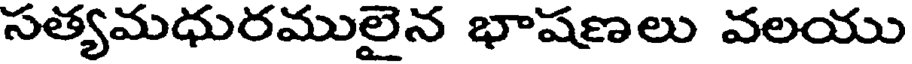
సత్యమధురములైన భాషణలు వలయు